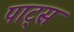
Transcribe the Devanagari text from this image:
पाट्स